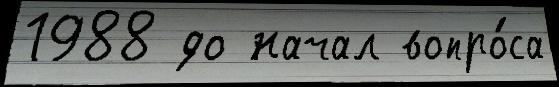
1988 до начал вопро́са